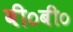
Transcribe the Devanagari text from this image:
वी०बी०